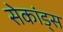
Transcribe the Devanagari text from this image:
सेकांड्स